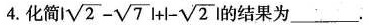
4.化简$$I \sqrt { 2 } - \sqrt { 7 } | + | - \sqrt { 2 }$$的结果为___。